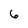
Character: 6